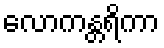
လောကန္တရိကာ